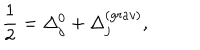
\frac { 1 } { 2 } = \Delta _ { j } ^ { 0 } + \Delta _ { j } ^ { ( g r a v ) } ,